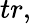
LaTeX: tr,